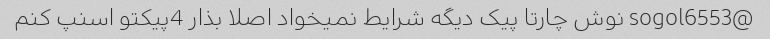
@sogol6553 نوش چارتا پیک دیگه شرایط نمیخواد اصلا بذار 4پیکتو اسنپ کنم